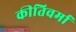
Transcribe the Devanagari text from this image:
कीतिवर्मा